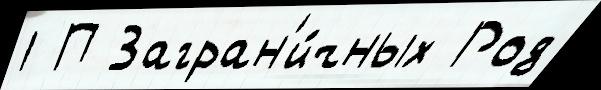
1 П Загран'и́чных Род